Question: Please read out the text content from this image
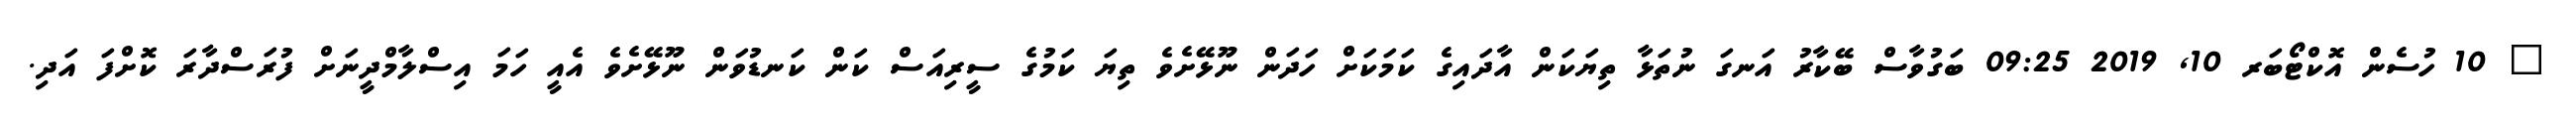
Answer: ? 10 ހުސެން އޮކްޓޯބަރ 10, 2019 09:25 ބަގުވާސް ބޭކާރު އަނގަ ނުތަޅާ ތިޔަކަން އާދައިގެ ކަމަކަށް ހަދަން ނޫޅޭށެވެ ތިޔަ ކަމުގެ ސީރިއަސް ކަން ކަނޑުވަން ނޫޅޭށެވެ އެއީ ހަމަ އިސްލާމްދީނަށް ފުރަސްދާރަ ކޮށްފަ އަދި.